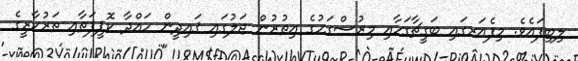
ލިބިފައެވެ. މިފެއަރގައި ބަގީޗާގަހާއި މިރުސްގަހުގެ އިތުރުން ޖަލުގައި ޤައިދީން ހައްދާ ކޮޕީފަތާއި ތަރުކާރީގެ